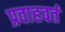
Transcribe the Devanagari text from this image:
प्रवाहवर्त